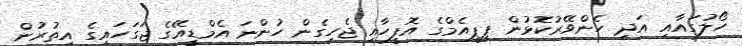
ހޯލުގައާއި އަދި ހެންވޭރުކޮޅުން ޕީޕީއެމްގެ އޮފީހާއި ޖެހިގެން ހުންނަ އެމްޑީއޭގެ ޖަގަހައިގެ އިތުރުން